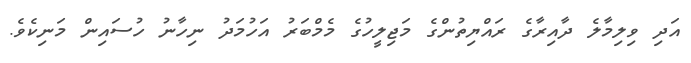
އަދި ވިލިމާލެ ދާއިރާގެ ރައްޔިތުންގެ މަޖިލީހުގެ މެމްބަރު އަހުމަދު ނިހާނު ހުސައިން މަނިކެވެ.